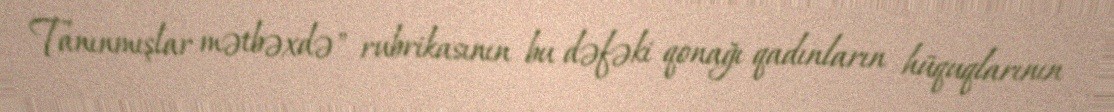
Tanınmışlar mətbəxdə" rubrikasının bu dəfəki qonağı qadınların hüquqlarının